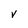
Character: V